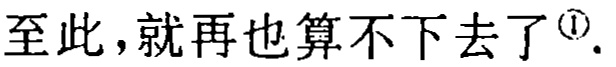
至此，就再也算不下去了\footnote{\textcircled{1}}.